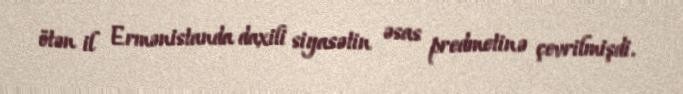
ötən il Ermənistanda daxili siyasətin əsas predmetinə çevrilmişdi.